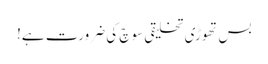
بس تھوڑی تخلیقی سوچ کی ضرورت ہے!